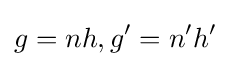
g=nh,g'=n'h'